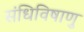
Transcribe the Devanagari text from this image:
संधिविषाणु